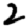
Digit: 2